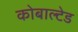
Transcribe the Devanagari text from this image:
कोबाल्टेड